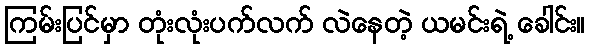
ကြမ်းပြင်မှာ တုံးလုံးပက်လက် လဲနေတဲ့ ယမင်းရဲ့ ခေါင်း။